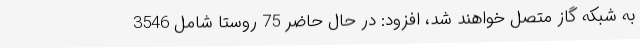
به شبکه گاز متصل خواهند شد، افزود: در حال حاضر 75 روستا شامل 3546